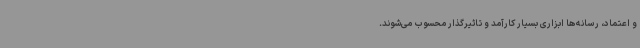
و اعتماد، رسانه‌ها ابزاری بسیار کارآمد و تاثیرگذار محسوب می‌شوند.